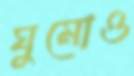
ঘুমোও